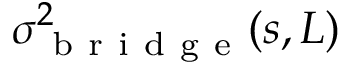
\sigma _ { \mathrm { ~ b ~ r ~ i ~ d ~ g ~ e ~ } } ^ { 2 } ( s , L )